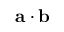
{ \bf { a } } \cdot { \bf { b } }